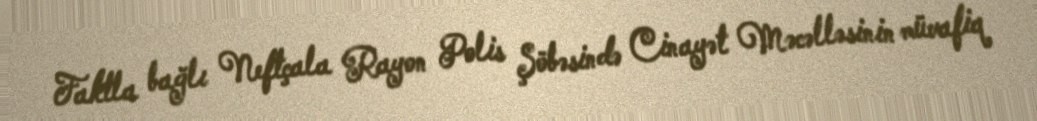
Faktla bağlı Neftçala Rayon Polis Şöbəsində Cinayət Məcəlləsinin müvafiq